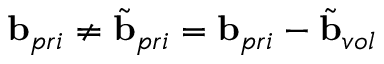
\mathbf { b } _ { p r i } \neq \tilde { \mathbf { b } } _ { p r i } = \mathbf { b } _ { p r i } - \tilde { \mathbf { b } } _ { v o l }